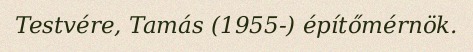
Testvére, Tamás (1955-) építőmérnök.